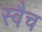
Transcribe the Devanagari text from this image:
स्वैच